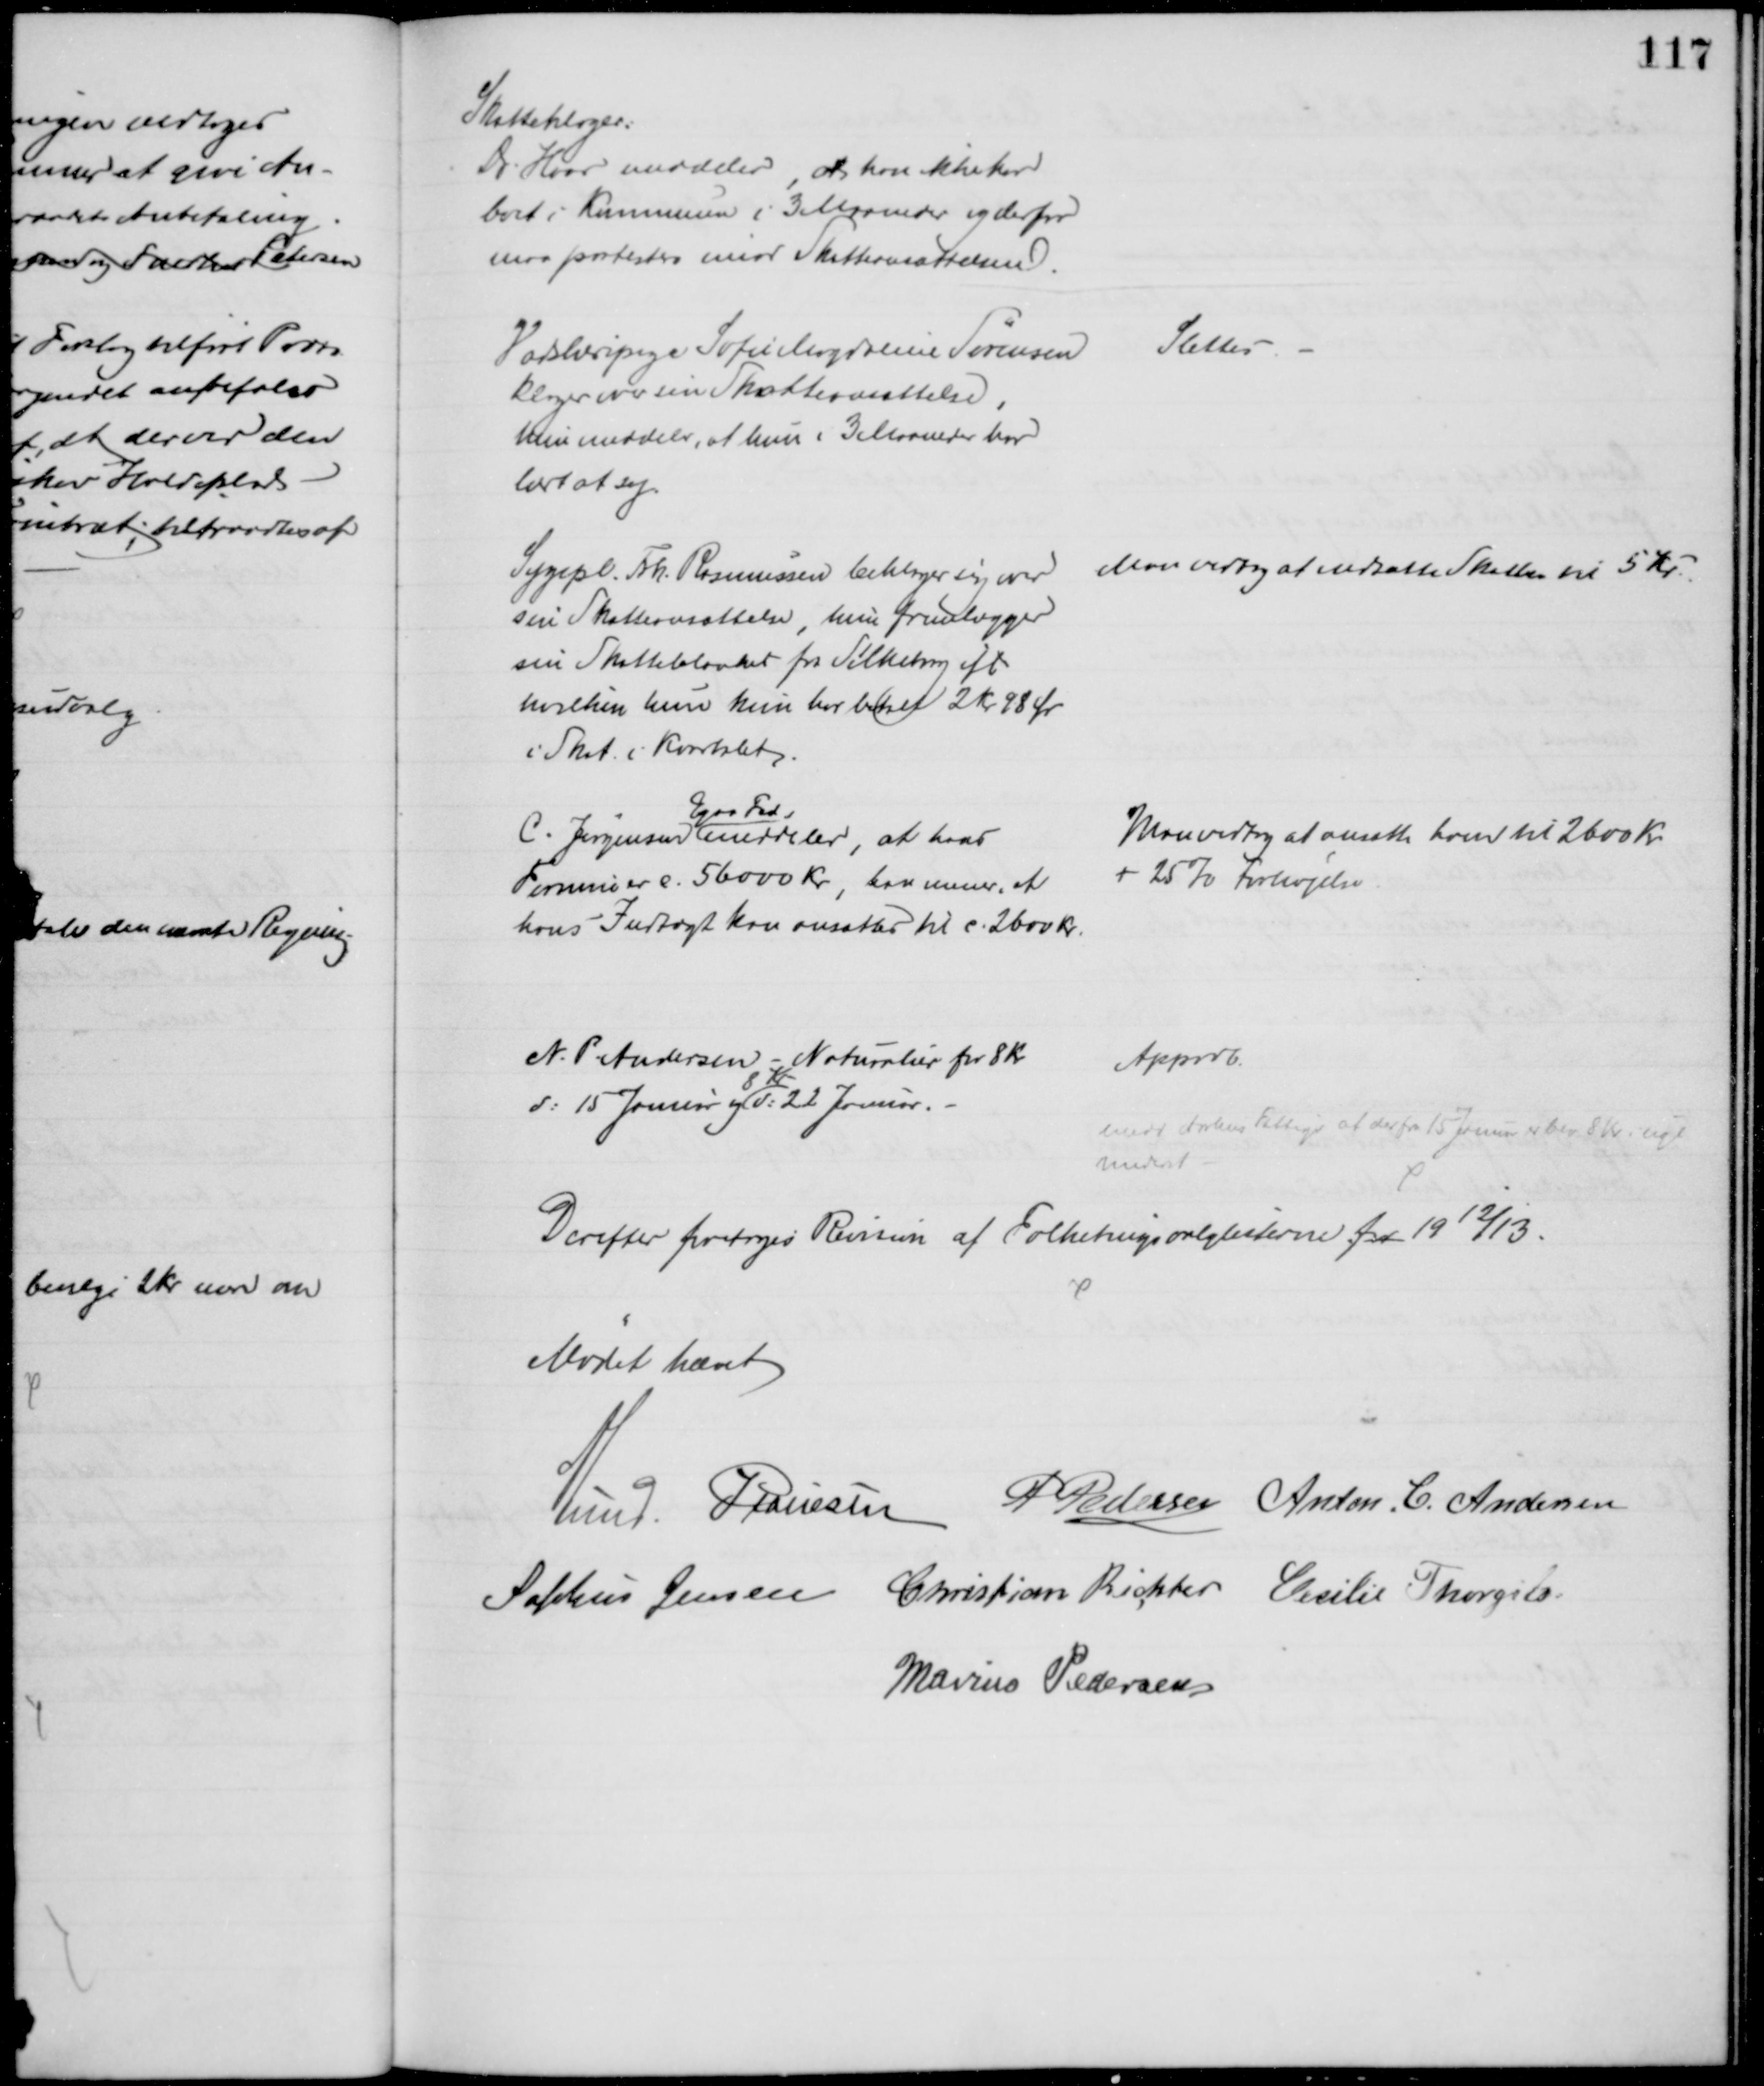
Transskription:
Skatteklager:
Dr. Hvar meddeler, at han ikke har
boet i Kommunen i 3 Maaneder og derfor
maa protestere imod Skatteansættelsen.
Vadskeripige Sofie Magdalene Sørensen
klager over sin Skatteansættelse,
Hun meddeler, at hun i 3 Maaneder har
lært at sy.
Slettes
Sygepl. Frk. Rasmussen beklager sig over
sin Skatteansættelse, hun fremlægger
sin Skatteblanket fra Silkeborg ift
hvilken hun kun har betalt 2 Kr 98 Ør
i Skat i Kvartalet.
Man vedtog at nedsætte Skatten til 5 Kr.
C. Jørgensen 
Egaa Fed,
meddeler, at hans
Formue er c. 56000 Kr, han mener, at
hans Indtægt kan ansættes til c. 2600 Kr.
Man vedtog at ansætte hver til 2600 Kr.
+ 25 % Forhøjelse.
N. P Andersen - Naturalier for 8 Kr
d: 15 Januar og
8 Kr
d: 22 Januar.
Approb.
Medd Aarhus Fattigv at der fra 15 Juni er bev. 8 Kr. ugl
Underst 
Derefter foretoges Revison af Folketingsvalglisterne for 1912/13.
Mødet hævet
A Lund. J Poulsen
P Pedersen Anton. C. Andersen
Sophus Jensen Christian Richter Cecilie Thorgils
Marius Pedersen